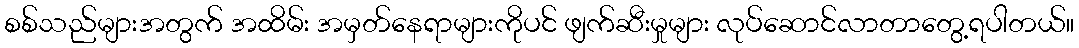
စစ်သည်များအတွက် အထိမ်း အမှတ်နေရာများကိုပင် ဖျက်ဆီးမှုများ လုပ်ဆောင်လာတာတွေ့ရပါတယ်။